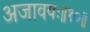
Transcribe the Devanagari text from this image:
अजावयः॥१०॥